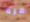
مرة